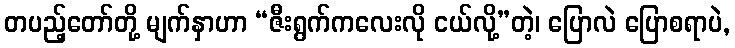
တပည့်တော်တို့ မျက်နှာဟာ “ဇီးရွက်ကလေးလို ငယ်လို့”တဲ့၊ ပြောလဲ ပြောစရာပဲ,